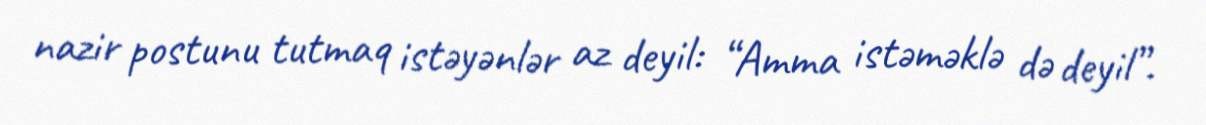
nazir postunu tutmaq istəyənlər az deyil: “Amma istəməklə də deyil”.